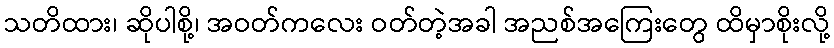
သတိထား၊ ဆိုပါစို့၊ အဝတ်ကလေး ဝတ်တဲ့အခါ အညစ်အကြေးတွေ ထိမှာစိုးလို့